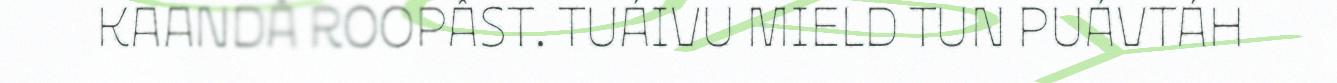
KAANDÂ ROOPÂST. TUÁIVU MIELD TUN PUÁVTÁH